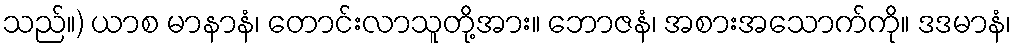
သည်။) ယာစ မာနာနံ၊ တောင်းလာသူတို့အား။ ဘောဇနံ၊ အစားအသောက်ကို။ ဒဒမာနံ၊